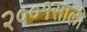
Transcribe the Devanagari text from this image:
२००१साली